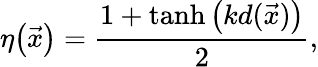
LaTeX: \eta\big(\vec{x}\big)=\frac{1+\operatorname{tanh}\big(kd(\vec{x})\big)}2,